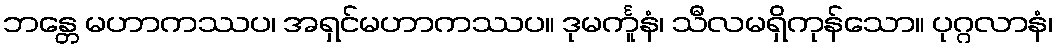
ဘန္တေ မဟာကဿပ၊ အရှင်မဟာကဿပ။ ဒုမင်္ကူနံ၊ သီလမရှိကုန်သော။ ပုဂ္ဂလာနံ၊